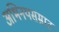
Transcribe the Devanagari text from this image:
अभिनयसम्राट